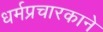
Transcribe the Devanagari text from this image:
धर्मप्रचारकाने